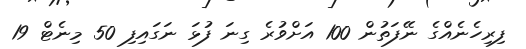
ފިރިހެނެއްގެ ނޭފަތުން 100 އަށްވުރެ ގިނަ ފުޅަ ނަގައިފި 50 މިނެޓް 19